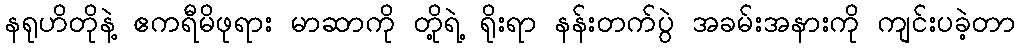
နရုဟိတိုနဲ့ ဧကရီမိဖုရား မာဆာကို တို့ရဲ့ ရိုးရာ နန်းတက်ပွဲ အခမ်းအနားကို ကျင်းပခဲ့တာ